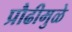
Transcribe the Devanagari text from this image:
प्रौढीमुळे